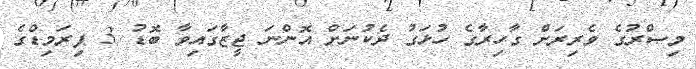
މިޞްރުގެ ވެރިރަށް ގާހިރާގެ ހުޅަގު ދެކުނަށް އޮންނަ ޖީޒާގައިވާ ބޮޑު 3 ޕިރަމިޑްގެ